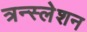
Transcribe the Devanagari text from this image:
त्रन्स्लेशन